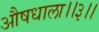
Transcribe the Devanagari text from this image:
औषधाला।।३।।